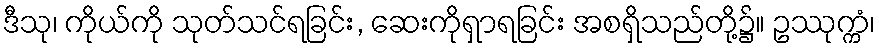
ဒီသု၊ ကိုယ်ကို သုတ်သင်ရခြင်း, ဆေးကိုရှာရခြင်း အစရှိသည်တို့၌။ ဥဿုက္ကံ၊